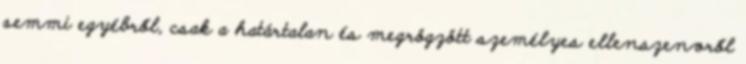
semmi egyébről, csak a határtalan és megrögzött személyes ellenszenvről